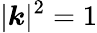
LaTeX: |\boldsymbol k|^{2}=1